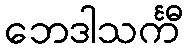
ဘေဒါသင်္ကီ